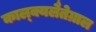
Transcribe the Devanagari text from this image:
काल्क्यलैतेग्राल